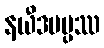
နယီဒမပ္ပဿ